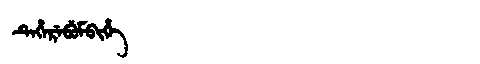
Manchu: ᡨᡝᡥᡝᡵᡝᠪᡠᠮᠪᡳᡥᡝ
Romanization: TEHEREBUMBIHE